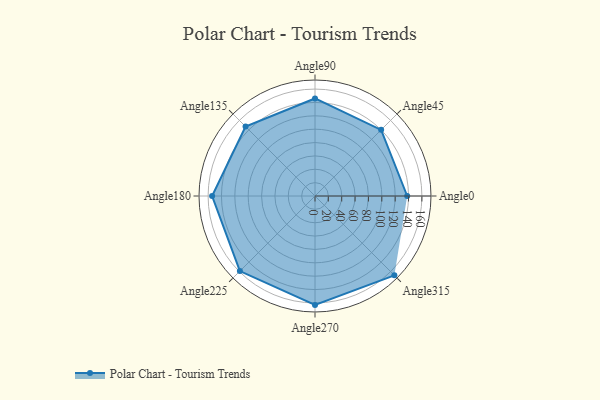
{"axis": {"x": "Angle", "y": "Radius"}, "legend": [""], "data": [{"x": "Angle0", "y": 138.0, "type": ""}, {"x": "Angle45", "y": 140.0, "type": ""}, {"x": "Angle90", "y": 146.0, "type": ""}, {"x": "Angle135", "y": 147.0, "type": ""}, {"x": "Angle180", "y": 154.0, "type": ""}, {"x": "Angle225", "y": 159.0, "type": ""}, {"x": "Angle270", "y": 163.0, "type": ""}, {"x": "Angle315", "y": 168.0, "type": ""}]}